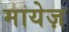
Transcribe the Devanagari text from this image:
मायेज़